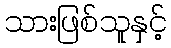
သားဖြစ်သူနှင့်